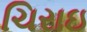
ચિરાઇ